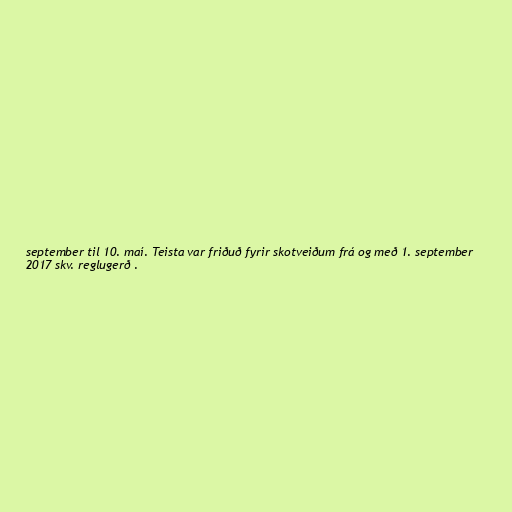
september til 10. maí. Teista var friðuð fyrir skotveiðum frá og með 1. september
2017 skv. reglugerð .